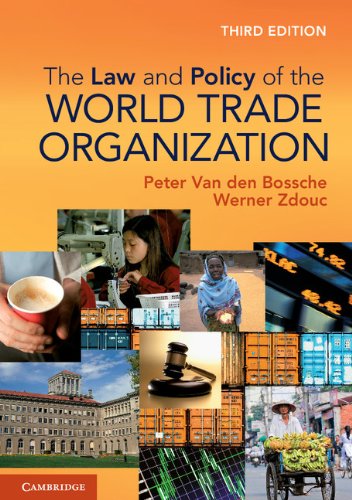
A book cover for The Law and Policy of the World Trade Organization: Text, Cases and Materials; Professor Peter Van den Bossche; Law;